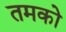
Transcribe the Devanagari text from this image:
तमको